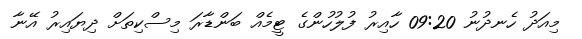
މިއަދު ހެނދުނު 09:20 ހާއިރު ފުލުހުންގެ ޓީމެއް ބަންޑާރަ މިސްކިތަށް ދިޔައިރު އޭނާ